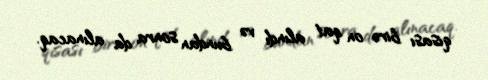
qisası birə on qat alındı və bundan sonra da alınacaq.